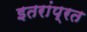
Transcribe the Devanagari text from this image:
इतरांप्रत